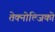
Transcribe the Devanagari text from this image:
तेक्नोल्जिको